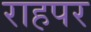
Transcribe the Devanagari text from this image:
राहपर